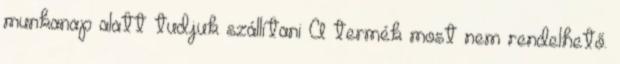
munkanap alatt tudjuk szállítani A termék most nem rendelhető.